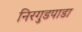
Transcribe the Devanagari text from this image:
निरगुडपाडा